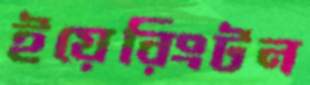
ইয়েরিংটন